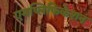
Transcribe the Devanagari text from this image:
एमप्लिफिकेशन